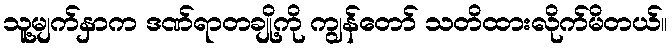
သူ့မျက်နှာက ဒဏ်ရာတချို့ကို ကျွန်တော် သတိထားလိုက်မိတယ်။